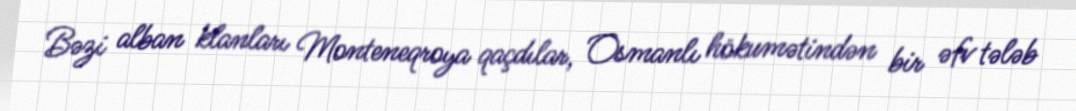
Bəzi alban klanları Monteneqroya qaçdılar, Osmanlı hökumətindən bir əfv tələb